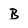
Character: B